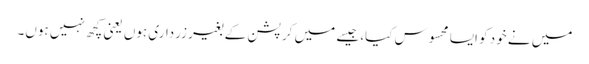
میں نے خود کو ایسا محسوس کیا، جیسے میں کرپشن کے بغیر زرداری ہوں یعنی کچھ نہیں ہوں۔